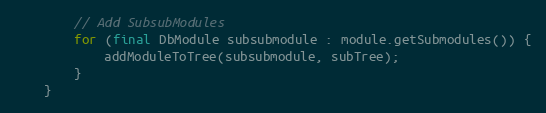
Language: Java
        // Add SubsubModules
        for (final DbModule subsubmodule : module.getSubmodules()) {
            addModuleToTree(subsubmodule, subTree);
        }
    }